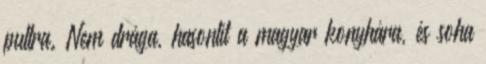
pultra. Nem drága, hasonlít a magyar konyhára, és soha